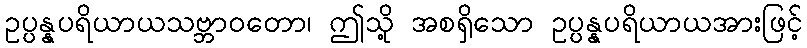
ဥပ္ပန္နပရိယာယသဗ္ဘာဝတော၊ ဤသို့ အစရှိသော ဥပ္ပန္နပရိယာယအားဖြင့်